Civil Veterinary Department. Madras. Admin. report 1926-33 - 1926-1933
Year: 1926
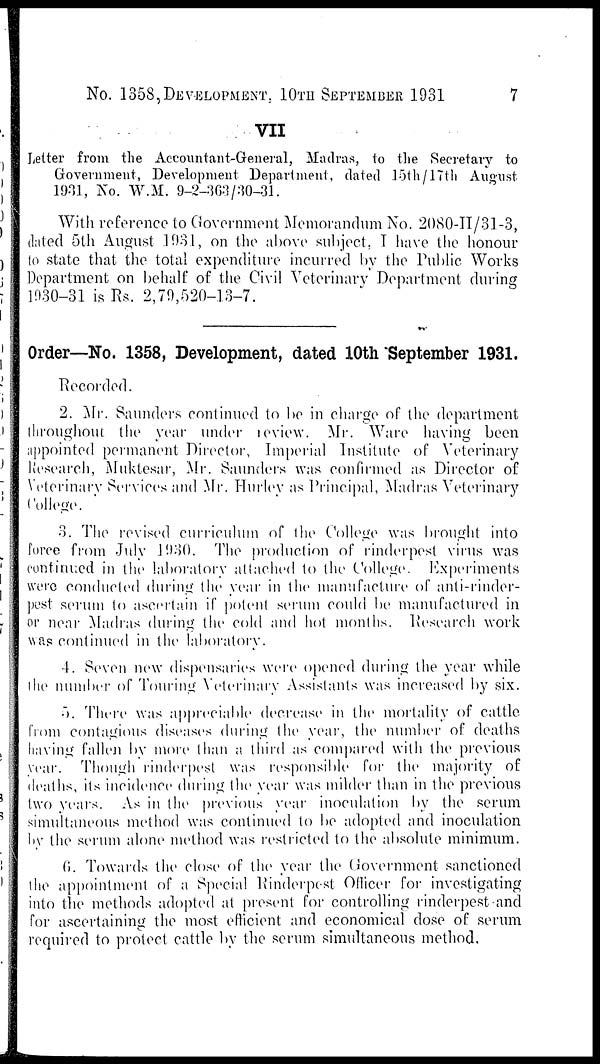
No. 1358,DEVELOPMENT, 10TH SEPTEMBER 1931
7
VII
Letter from the Accountant-General, Madras, to the Secretary to
Government, Development Department, dated 15th/17th August
1931, No. W.M. 9-2-363/30-31.
With reference to Government Memorandum No. 20S0-II/31-3,
dated 5th August 3931, on the above subject, I have the honour
to state that the total expenditure incurred by the Public Works
Department on behalf of the Civil Veterinary Department during
1030-31 is Rs. 2,79,520-13-7.
Order—No. 1358, Development, dated 10th September 1031.
Recorded.
2. Mr. Saunders continued to be in charge of the department
throughout the year under review. Mr. Ware having been
appointed permanent Director, Imperial Institute of Veterinary
Research, Muktesar, Mr. Saunders was confirmed as Director of
Veterinary Services and Mr. Hurley as Principal, Madras Veterinary
College.
3. The revised curriculum of the College was brought into
force from July 1930. The production of rinderpest virus was
continued in the laboratory attached to the College. Experiments
were conducted during the year in the manufacture of anti-rinder-
pest serum to ascertain if potent serum could be manufactured in
or near Madras during the cold and hot months. Research work
was continued in the laboratory.
4. Seven new dispensaries were opened during the year while
the number of Touring Veterinary Assistants was increased by six.
5. There was appreciable decrease in the mortality of cattle
from contagious diseases during the year, the number of deaths
having fallen by more than a third as compared with the previous
year. Though rinderpest was responsible for the majority of
deaths, its incidence during the year was milder than in the previous
two years. As in the previous year inoculation by the serum
simultaneous method was continued to be adopted and inoculation
by the serum alone method was restricted to the absolute minimum.
6. Towards the close of the year the Government sanctioned
the appointment of a Special Rinderpest Officer for investigating
into the methods adopted at present for controlling rinderpest and
for ascertaining the most efficient and economical dose of serum
required to protect cattle by the serum simultaneous method.